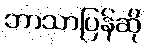
ဘာသာပြန်ဆို